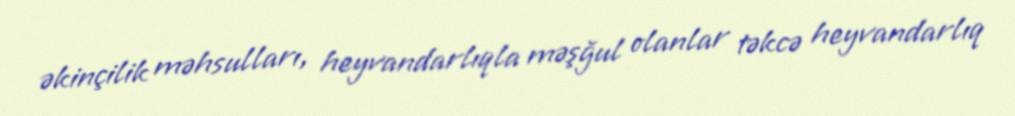
əkinçilik məhsulları, heyvandarlıqla məşğul olanlar təkcə heyvandarlıq